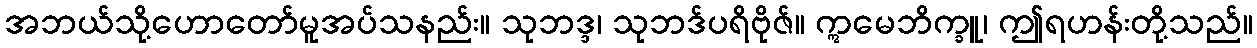
အဘယ်သို့ဟောတော်မူအပ်သနည်း။ သုဘဒ္ဒ၊ သုဘဒ်ပရိဗိုဇ်။ ဣမေဘိက္ခူ၊ ဤရဟန်းတို့သည်။